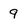
Character: 9